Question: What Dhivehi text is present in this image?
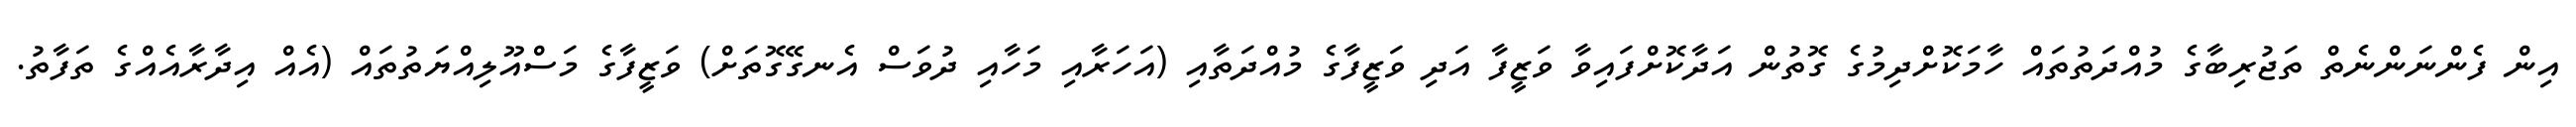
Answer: އިން ފެންނަންނެތް ތަޖުރިބާގެ މުއްދަތުތައް ހާމަކޮށްދިމުގެ ގޮތުން އަދާކޮށްފައިވާ ވަޒީފާ އަދި ވަޒީފާގެ މުއްދަތާއި (އަހަރާއި މަހާއި ދުވަސް އެނގޭގޮތަށް) ވަޒީފާގެ މަސްއޫލިއްޔަތުތައް (އެއް އިދާރާއެއްގެ ތަފާތު.